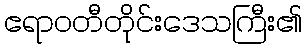
ဧရာဝတီတိုင်းဒေသကြီး၏